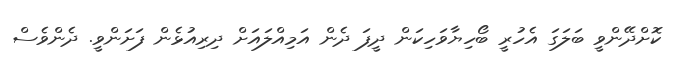
ކޮށްދޭންވީ ބަލަގަ އެހުރީ ބޯހިޔާވަހިކަން ދީފަ ދެން އަމިއްލައަށް ދިރިއުޅެން ފަށަންވީ. ދެންވެސް